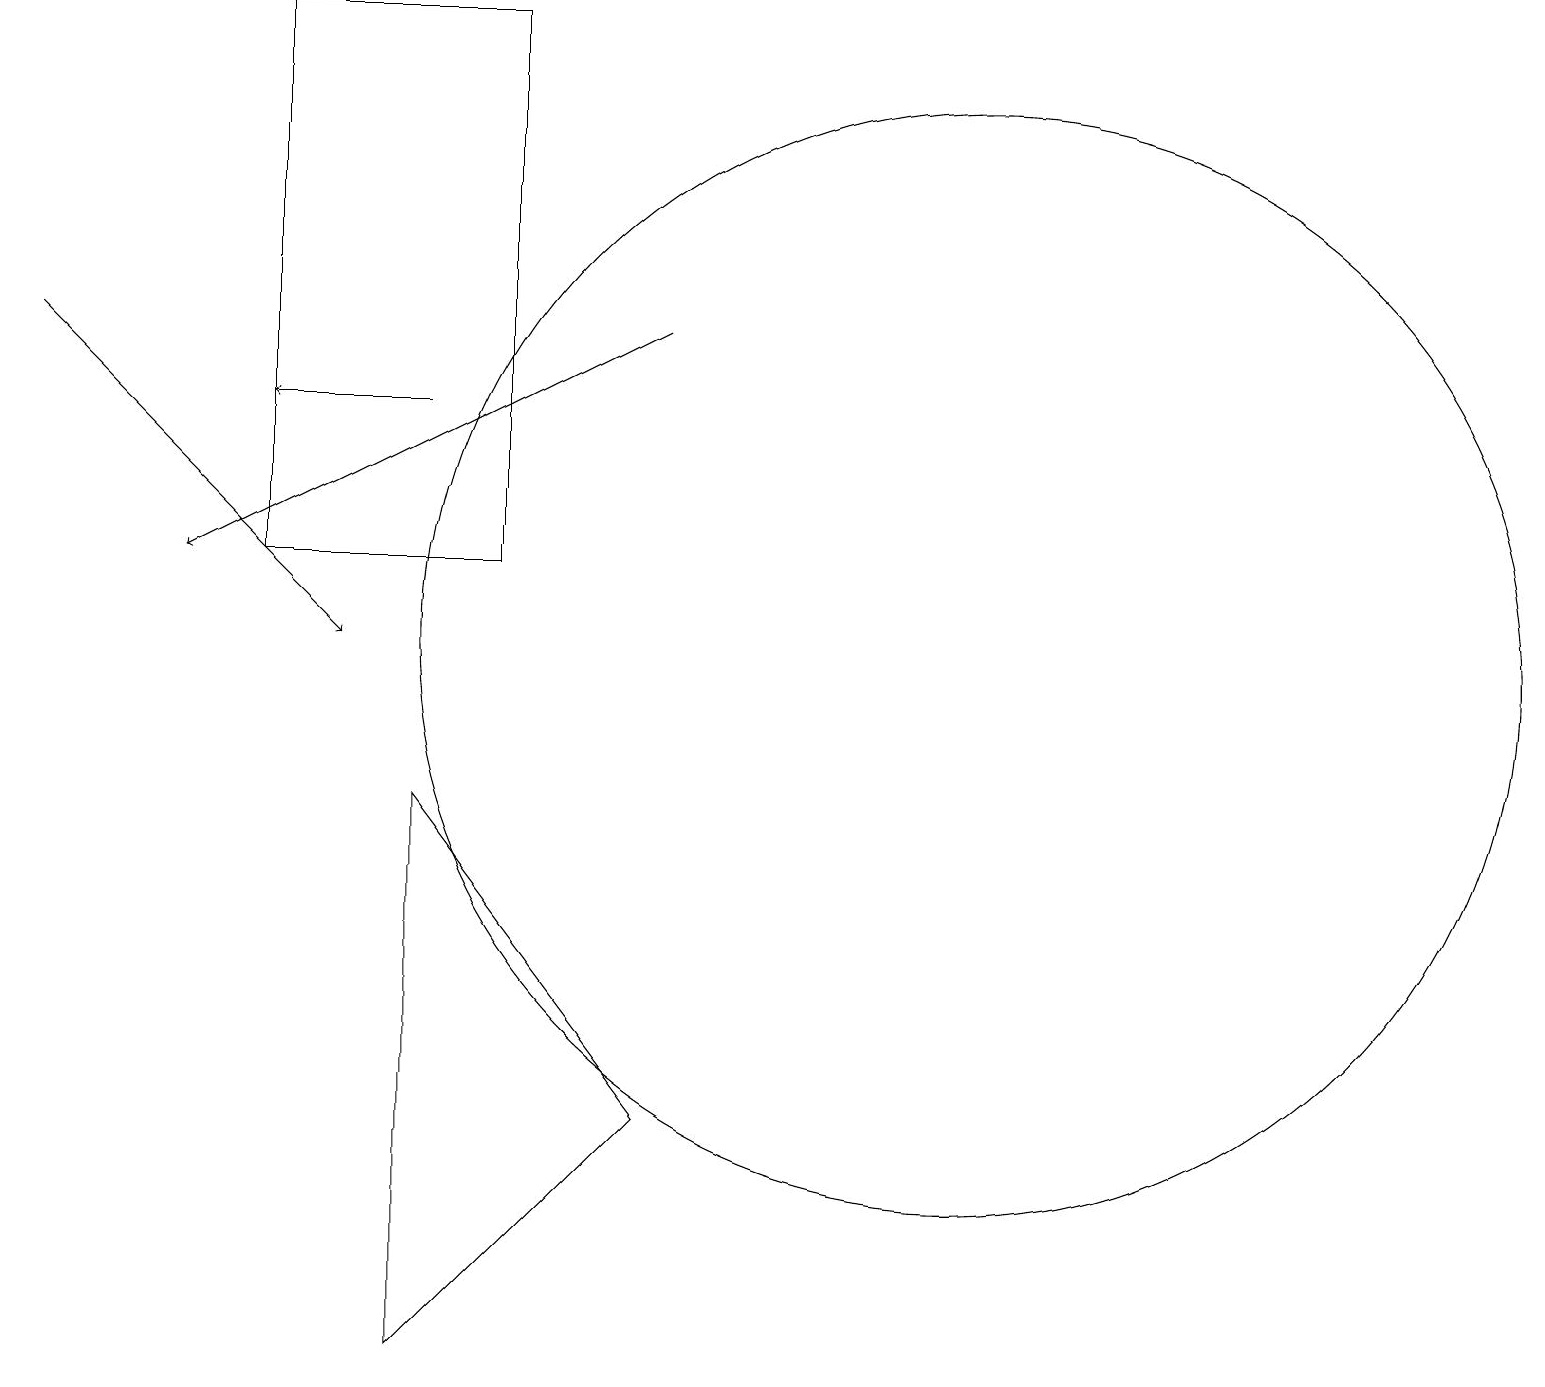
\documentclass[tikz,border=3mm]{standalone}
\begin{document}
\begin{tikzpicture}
\draw (12,11) circle (7);
\draw (5,2) -- (5,9) -- (8,5) -- cycle;
\draw[->] (8,15) -- (2,12);
\draw (6,12) rectangle (3,19);
\draw[->] (0,15) -- (4,11);
\draw[->] (5,14) -- (3,14);
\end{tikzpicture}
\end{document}